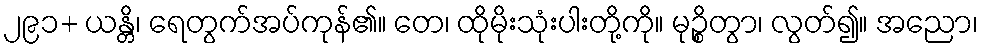
၂၉၁+ ယန္တိ၊ ရေတွက်အပ်ကုန်၏။ တေ၊ ထိုမိုးသုံးပါးတို့ကို။ မုဉ္စိတွာ၊ လွတ်၍။ အညော၊